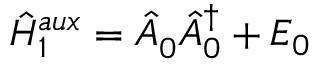
\hat { H } _ { 1 } ^ { a u x } = \hat { A } _ { 0 } ^ { \phantom { \dagger } } \hat { A } _ { 0 } ^ { \dagger } + E _ { 0 }